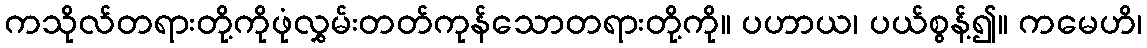
ကသိုလ်တရားတို့ကိုဖုံလွှမ်းတတ်ကုန်သောတရားတို့ကို။ ပဟာယ၊ ပယ်စွန့်၍။ ကမေဟိ၊